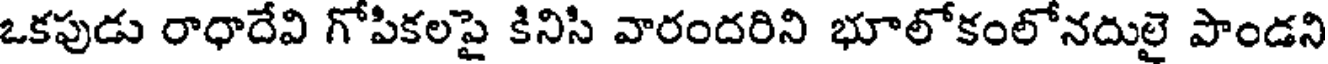
ఒకపుడు రాధాదేవి గోపికలపై కినిసి వారందరిని భూలోకంలోనదులై పాండని